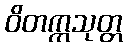
ဝိတက္ကသုတ္တ